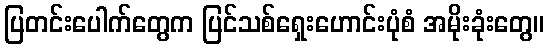
ပြတင်းပေါက်တွေက ပြင်သစ်ရှေးဟောင်းပုံစံ အမိုးခုံးတွေ။